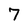
Character: 7